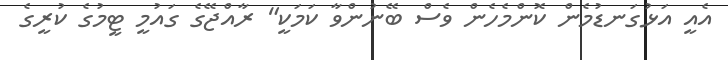
އެއީ އަޅުގަނޑުމެން ކޮންމެހެން ވެސް ބޭނުންވާ ކަމަކީ" ރާއްޖޭގެ ގައުމީ ޓީމުގެ ކުރީގެ